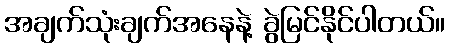
အချက်သုံးချက်အနေနဲ့ ခွဲမြင်နိုင်ပါတယ်။